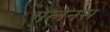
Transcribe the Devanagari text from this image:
गेलेनस